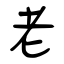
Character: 老